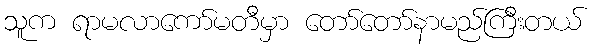
သူက ရာမလာကော်မတီမှာ တော်တော်နာမည်ကြီးတယ်